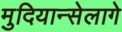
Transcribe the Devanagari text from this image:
मुदियान्सेलागे